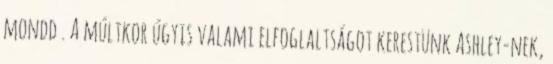
mondd . A múltkor úgyis valami elfoglaltságot kerestünk Ashley-nek,